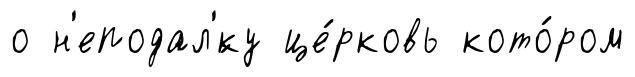
о н'еподал'́ку це́рковь кото́ром